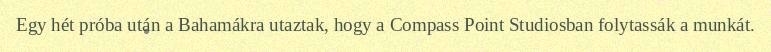
Egy hét próba után a Bahamákra utaztak, hogy a Compass Point Studiosban folytassák a munkát.